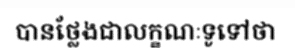
បានថ្លែងជាលក្ខណៈទូទៅថា